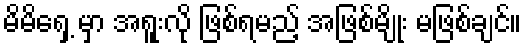
မိမိရှေ့ မှာ အရူးလို ဖြစ်ရမည့် အဖြစ်မျိုး မဖြစ်ချင်။